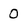
Character: 0